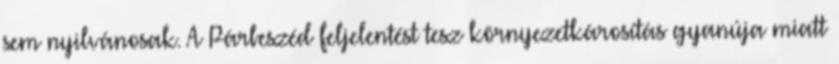
sem nyilvánosak. A Párbeszéd feljelentést tesz környezetkárosítás gyanúja miatt